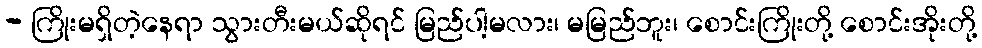
- ကြိုးမရှိတဲ့နေရာ သွားတီးမယ်ဆိုရင် မြည်ပါ့မလား၊ မမြည်ဘူး၊ စောင်းကြိုးတို့ စောင်းအိုးတို့